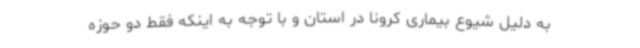
به دلیل شیوع بیماری کرونا در استان و با توجه به اینکه فقط دو حوزه